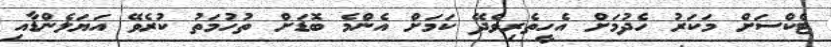
ޓެކްސަށް މަކަރު ހެދުމަށް އެހީތެރިވެދޭ ކަމަށް އެންމެ ބޮޑަށް ތުހުމަތު ކުރެވޭ އަޔަލެންޑާއި